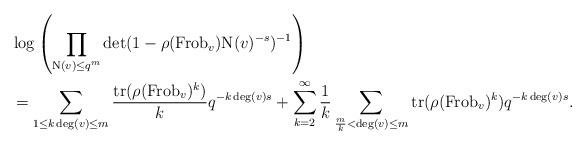
LaTeX: \begin{align*}&\log \left(\prod_{\mathrm{N}(v) \leq q^{m}} \det(1-\rho(\mathrm{Frob}_{v}) \mathrm{N}(v)^{-s})^{-1} \right)\\& = \sum_{1 \leq k \deg(v) \leq m} \frac{\mathrm{tr}(\rho(\mathrm{Frob}_{v})^{k})}{k} q^{-k \deg(v) s} + \sum_{k = 2}^{\infty} \frac{1}{k} \sum_{\frac{m}{k} < \deg(v) \leq m} \mathrm{tr}(\rho(\mathrm{Frob}_{v})^{k}) q^{-k \deg(v) s}.\end{align*}